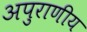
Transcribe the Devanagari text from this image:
अपुराणीय